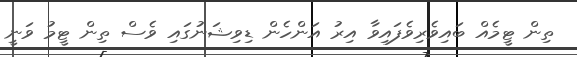
ތިން ޓީމެއް ބައިވެރިވެފައިވާ އިރު އަންހެން ޑިވިޝަނުގައި ވެސް ތިން ޓީމު ވަނީ